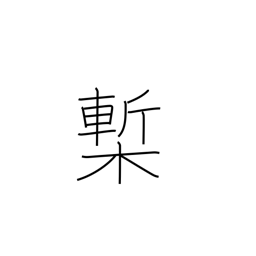
Meaning: printed book